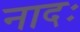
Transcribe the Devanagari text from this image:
नादः